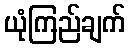
ယုံကြည်ချက်